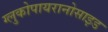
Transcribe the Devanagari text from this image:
ग्लुकोपायरानोसाइड